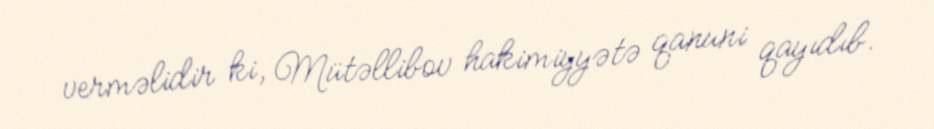
verməlidir ki, Mütəllibov hakimiyyətə qanuni qayıdıb.